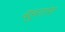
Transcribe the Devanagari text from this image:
बहुतांस